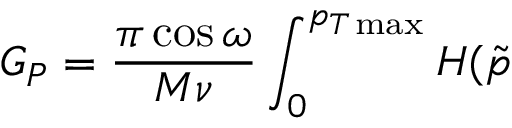
G _ { P } = \frac { \pi \cos \omega } { M \nu } \int _ { 0 } ^ { p _ { T \operatorname * { m a x } } } H ( \tilde { p }